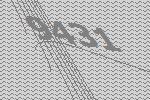
9431